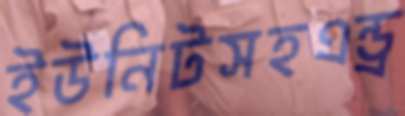
ইউনিটসহএন্ড্র